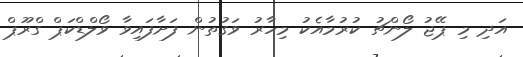
އަދި މި ޕޭޖު ލޯންޗު ކުރުމާއެކު މިހާރު ވަގުތުން ފަށާފައިވާ ވޯލްޑްކަޕް ގްރޫޕް